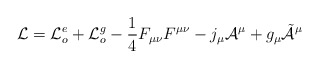
\begin{align*}{\cal L} = {\cal L}_o^e + {\cal L}_o^g - \frac{1}{4} F_{\mu \nu}F^{\mu \nu} - j_{\mu}{\cal A}^{\mu} + g_{\mu}\tilde{{\cal A}}^{\mu}\end{align*}